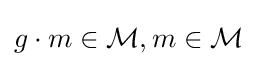
g\cdot m\in {\mathcal {M}},m\in {\mathcal {M}}